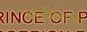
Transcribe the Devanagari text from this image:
क्षत्रीयाचे